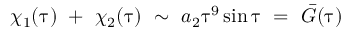
\chi _ { 1 } ( \uptau ) \ + \ \chi _ { 2 } ( \uptau ) \ \sim \ a _ { 2 } \uptau ^ { 9 } \sin \uptau \ = \ \Bar { G } ( \uptau )